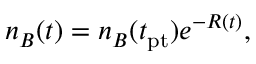
n _ { B } ( t ) = n _ { B } ( t _ { \mathrm { p t } } ) e ^ { - R ( t ) } ,